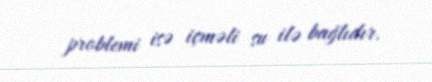
problemi isə içməli su ilə bağlıdır.